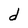
Character: d